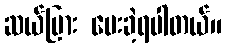
ဆယ်ပြား ပေးခဲ့ရပါတယ်။